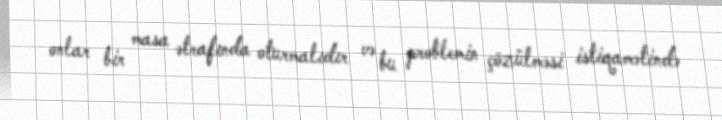
onlar bir masa ətrafında oturmalıdır və bu problemin çözülməsi istiqamətində